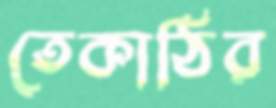
তেকাঠির